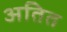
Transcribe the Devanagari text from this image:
अतित